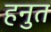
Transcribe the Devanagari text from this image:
हनुत